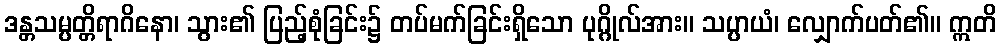
ဒန္တသမ္ပတ္တိရာဂိနော၊ သွား၏ ပြည့်စုံခြင်း၌ တပ်မက်ခြင်းရှိသော ပုဂ္ဂိုလ်အား။ သပ္ပာယံ၊ လျှောက်ပတ်၏။ ဣတိ